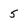
Character: 5